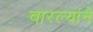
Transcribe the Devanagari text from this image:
वारल्याने